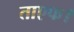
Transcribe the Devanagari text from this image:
ताएफ।